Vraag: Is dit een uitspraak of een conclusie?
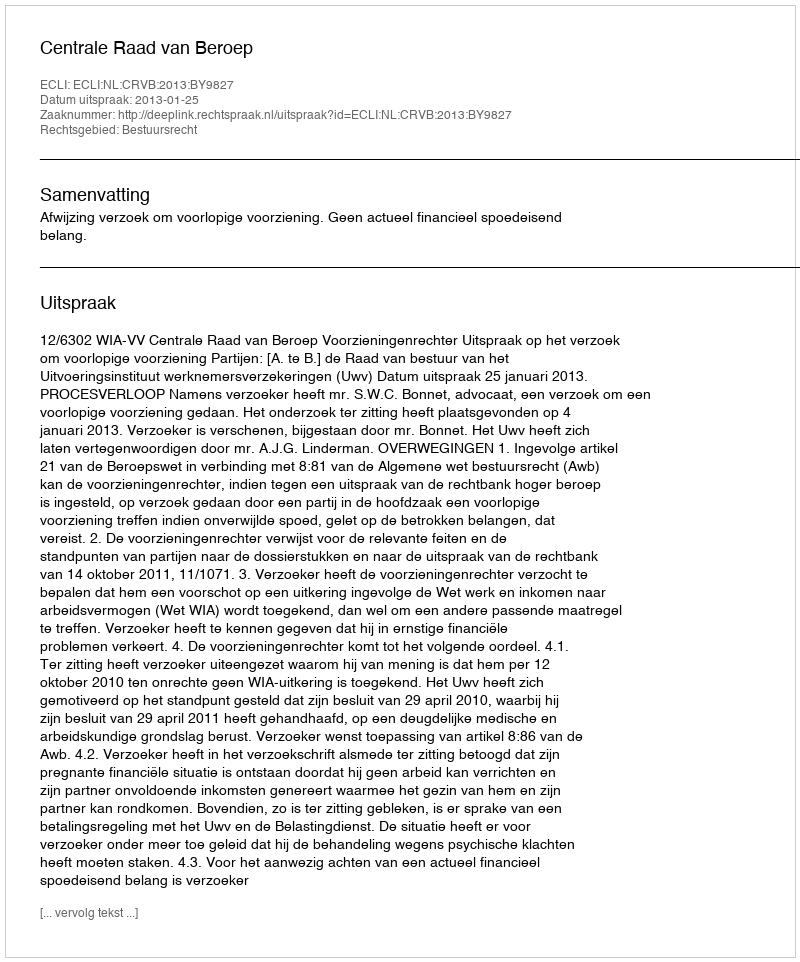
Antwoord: Uitspraak